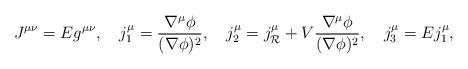
LaTeX: \begin{align*}J^{\mu\nu}=Eg^{\mu\nu},\ \ \ j^{\mu}_1={{\nabla^{\mu}\phi}\over{(\nabla\phi)^2}},\ \ \ j^{\mu}_2=j^{\mu}_{\cal R}+V{{\nabla^{\mu}\phi}\over{(\nabla\phi)^2}},\ \ \ j^{\mu}_3=Ej^{\mu}_1,\end{align*}